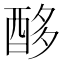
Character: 𮠨